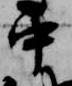
中